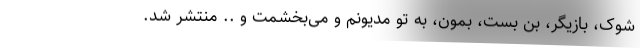
شوک، بازیگر، بن بست، بمون، به تو مدیونم و می‌بخشمت و .. منتشر شد.